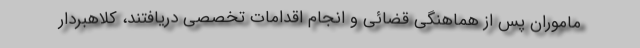
ماموران پس از هماهنگی قضائی و انجام اقدامات تخصصی دریافتند، کلاهبردار